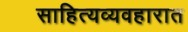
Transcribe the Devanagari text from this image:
साहित्यव्यवहारात